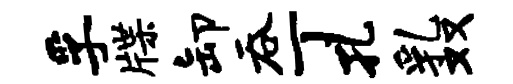
孚牒卸吞丁孔乳双